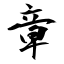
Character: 章